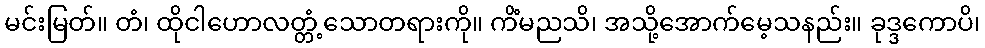
မင်းမြတ်။ တံ၊ ထိုငါဟောလတ္တံ့သောတရားကို။ ကိံမညသိ၊ အသို့အောက်မေ့သနည်း။ ခုဒ္ဒကောပိ၊